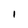
Character: I